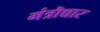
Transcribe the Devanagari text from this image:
मंत्रॊच्चार